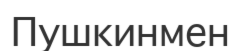
Пушкинмен